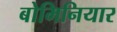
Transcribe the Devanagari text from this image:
बोमिनियार